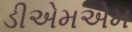
ડીએમએમ